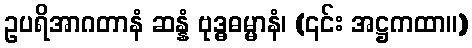
ဥပရိအာဂတာနံ ဆန္နံ ဗုဒ္ဓဓမ္မာနံ၊ (၎င်း အဋ္ဌကထာ။)